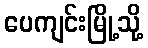
ပေကျင်းမြို့သို့